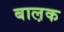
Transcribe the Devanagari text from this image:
बाल़क